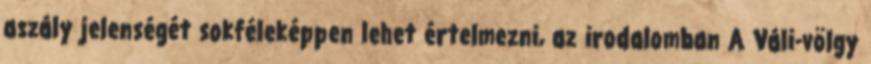
aszály jelenségét sokféleképpen lehet értelmezni, az irodalomban A Váli-völgy